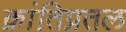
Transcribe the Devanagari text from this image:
क्रांतिप्रतल